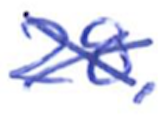
Text: 28.
Cross-out: cross
Writing tool: ballpoint